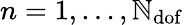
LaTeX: n=1,\dots,\mathbb{N}_{\mathrm{{dof}}}